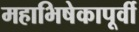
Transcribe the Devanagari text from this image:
महाभिषेकापूर्वी